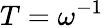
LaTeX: T=\omega^{-1}